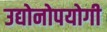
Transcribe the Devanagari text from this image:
उद्योनोपयोगी